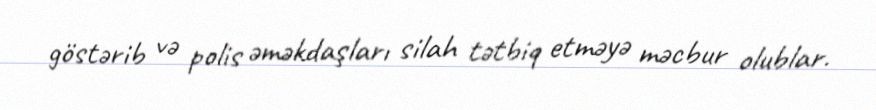
göstərib və polis əməkdaşları silah tətbiq etməyə məcbur olublar.